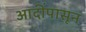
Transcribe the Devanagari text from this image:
आदींपासून